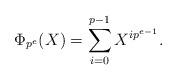
LaTeX: \begin{align*}\Phi_{p^e}(X) = \sum_{i=0}^{p-1} X^{ip^{e-1}}.\end{align*}